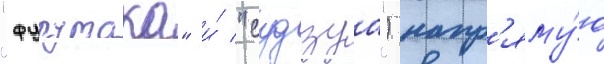
"фурутака" и́ "судзуа") напр'яму́ю